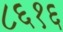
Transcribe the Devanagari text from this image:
८६१६